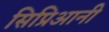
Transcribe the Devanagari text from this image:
सिप्रिआनी